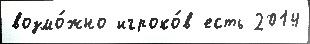
возмо́жно игроко́в есть 2014